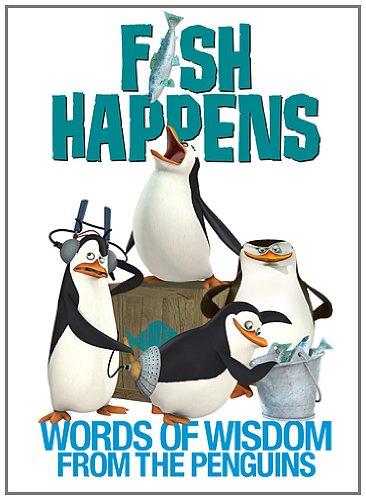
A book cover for Fish Happens: Words of Wisdom From the Penguins (The Penguins of Madagascar); Brian Elling; Humor & Entertainment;